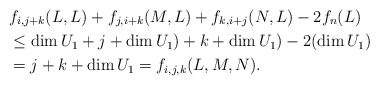
\begin{align*} &f_{i,j+k}(L,L) + f_{j,i+k}(M,L) + f_{k,i+j}(N,L) - 2f_n(L) \\ &\leq \dim U_1 + j+\dim U_1) + k + \dim U_1) - 2(\dim U_1) \\ &= j + k + \dim U_1 = f_{i,j,k}(L,M,N). \end{align*}